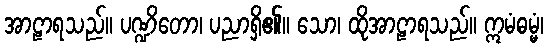
အာဠာရသည်။ ပဏ္ဍိတော၊ ပညာရှိ၏။ သော၊ ထိုအာဠာရသည်။ ဣမံဓမ္မံ၊